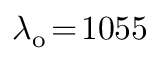
\lambda _ { \mathrm { o } } \! = \! 1 0 5 5